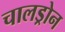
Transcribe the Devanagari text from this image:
चालड्रोन